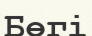
Бөгі